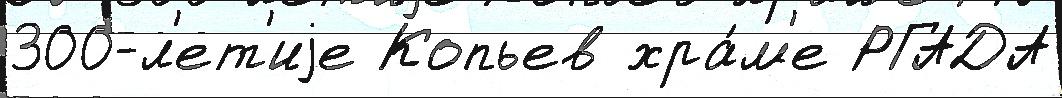
300-л'ет'иjе Копьев хра́м'е РГАДА